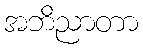
အဘိညာတာ